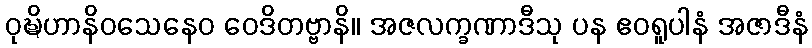
ဝုဍ္ဎိဟာနိဝသေနေဝ ဝေဒိတဗ္ဗာနိ။ အဇလက္ခဏာဒီသု ပန ဧဝရူပါနံ အဇာဒီနံ